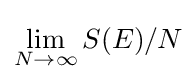
\lim _{N\to \infty }S(E)/N